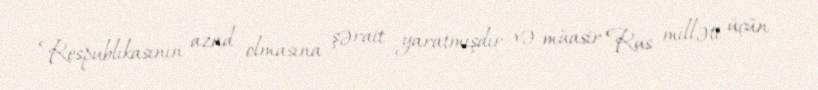
Respublikasının azad olmasına şərait yaratmışdır və müasir Rus milləti üçün